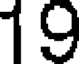
19